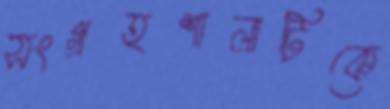
সংগ্রহশালাটিকে